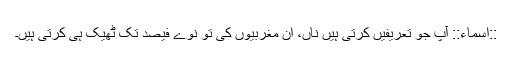
::اسماء:: آپ جو تعریفیں کرتی ہیں ناں، ان مغربیوں کی تو نوے فیصد تک ٹھیک ہی کرتی ہیں۔